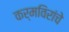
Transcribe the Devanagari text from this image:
कर्मविरांचे